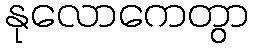
နုလောကေတွာ